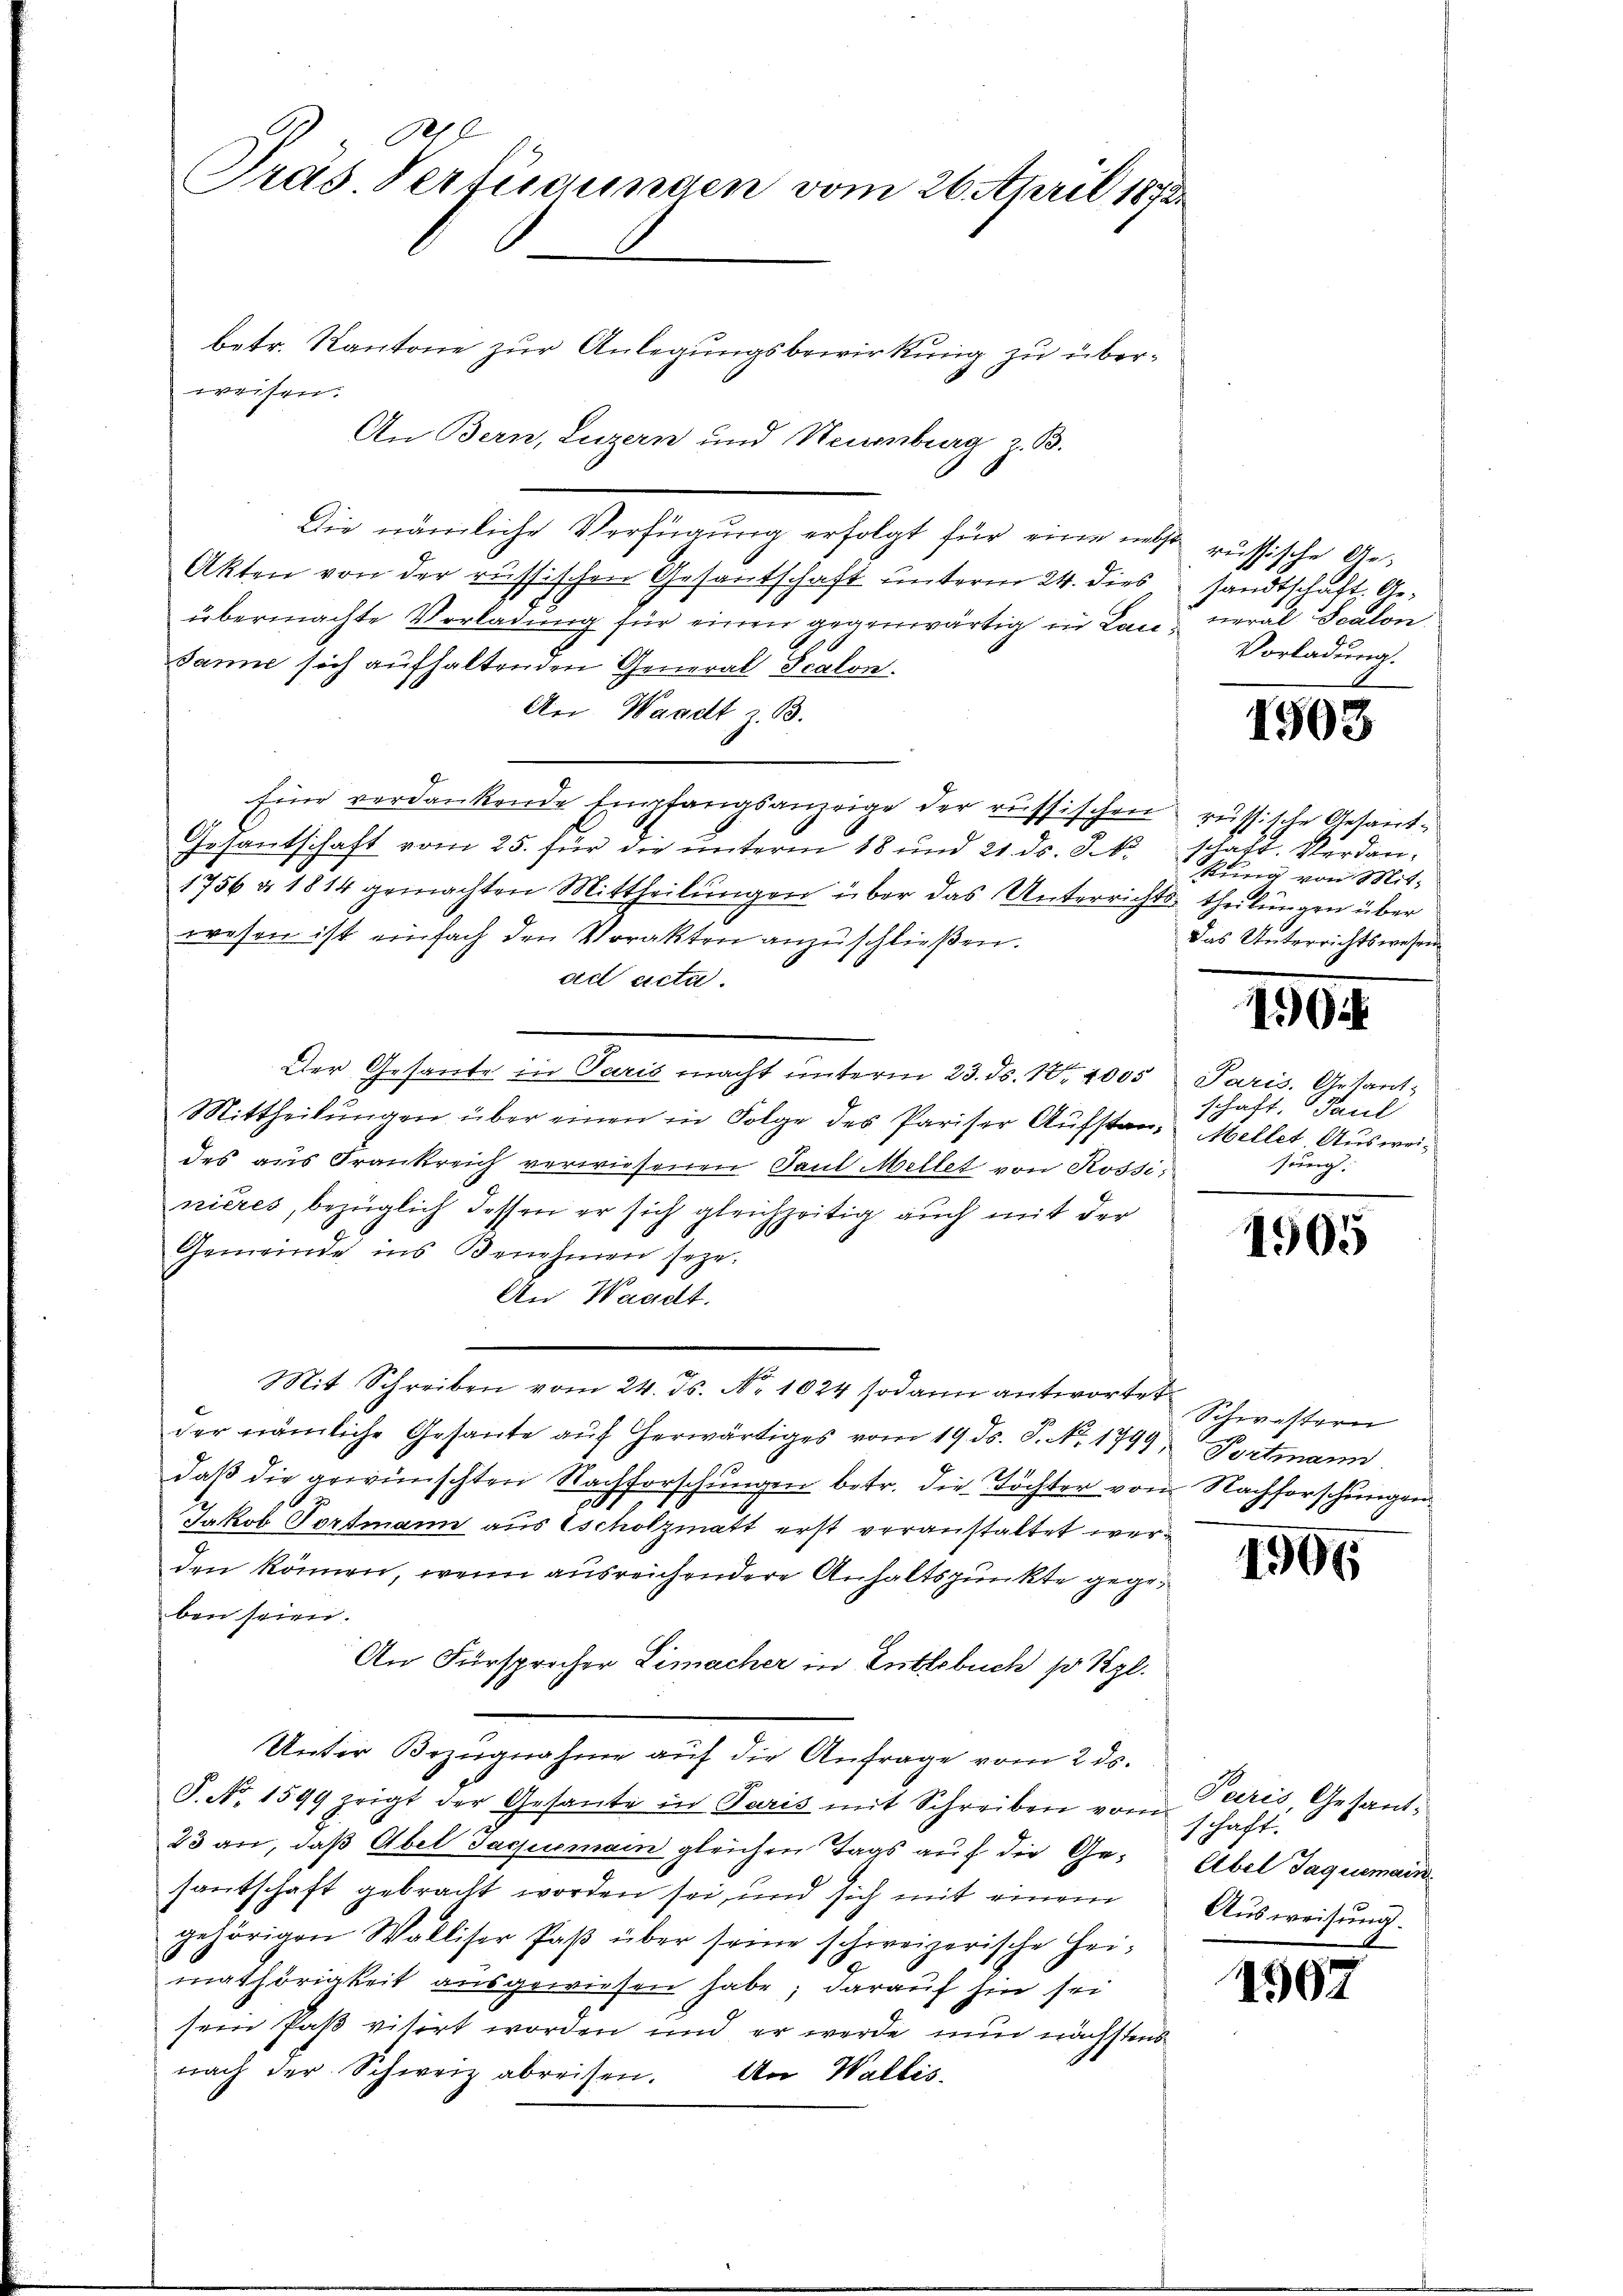
A
Tras Verfügungen vom 26. April 1873.

betr. Kantone zur Anlegungsbewirkung zu überweisen.
An Bern, Luzern und Neuenburg z. B.
Die nämliche Verfügung erfolgt für eine nebst russische Ge¬
Akten von der russischen Gesantschaft unterm 24. dies sandtschaft, Geübermachte Vorladung für einen gegenwärtig in Launeral Scalon
Janne sich aufhaltenden General Scalon.
An Waadt z. B.
Eine verdankende Empfangsanzeige der russischen russische Gesand¬
Gesantschaft vom 25. für die unterm 18 und 21. ds. S. k. schaft. Verdan¬
1756 n 1814 gemachten Mittheilŭngen über das Unterrichts theilungen über
wesen ist einfach den Vorakten anzuschließen.
ad acta.
Der Gesante in Paris macht unterm 23. ds. 18. 1005 Paris. Gesant¬
Mittheilŭngen über einen in Folge des Pariser Aufster, Mellet Ausweides aus Frankreich verwiesenen Paul ellet von Rossinières, bezüglich dessen er sich gleichzeitig auch mit der
Gemeinde ins Benehmen seye.
An Waadt.
Mit Schreiben vom 24. ds. No 1024 sodann antwortet
der nämliche Gesante aŭf herwärtiges vom 19. ds. S. Nr. 1799. Portmann
daβ die gewünschten Nachforschungen betr. die Töchter vom Nachforschungen
Jakob Tortmann aus scholzmatt erst veranstaltet werden können, wenn ausreichendere Anhaltspunkte gegeben seien.
An Fürsprocher Limacher in Entlebuch so styl.
Unter Bezugnahme auf die Anfrage vom 2 ds.
F. No. 1599 zeigt der Gesante in Paris mit Schreiben vom schaft.
23 an, daß Abel Jaquemain gleichen Tags auf die Ge¬ Abel Jaquemainsantschaft gebracht worden sei, und sich mit einem
gehörigen Walliser Paβ über seine schweizerische Hei-
mathörigkeit ausgewiesen habe; darauf hin sei
sein Paß visirt worden und er werde nun nächstens
nach der Schweiz abreisen. An Wallis,

Vorladung.

1503

kung von Mit-
Das Unterrichtswesen

190.

schaft. Paul
sung:

1905

Schwestern

1906

Paris, Gesand¬
Ausweisung.

1502